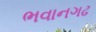
ભવાનગઢ